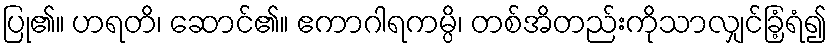
ပြု၏။ ဟရတိ၊ ဆောင်၏။ ဧကာဂါရကမ္ပိ၊ တစ်အိတည်းကိုသာလျှင်ခြံ့ရံ၍